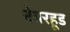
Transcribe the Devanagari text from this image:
नेबरहूड